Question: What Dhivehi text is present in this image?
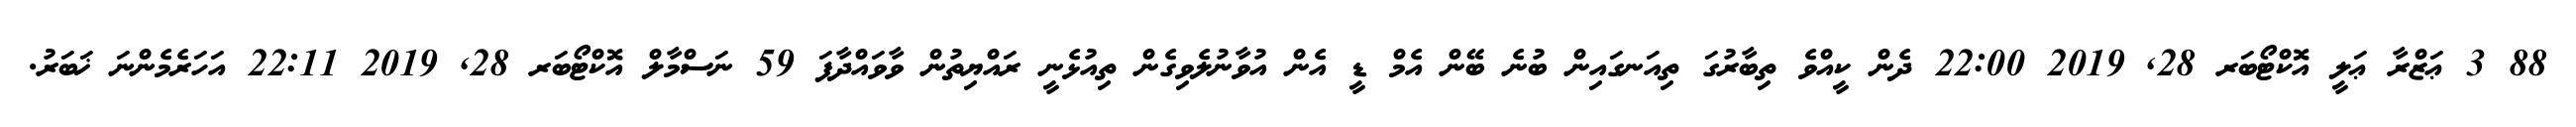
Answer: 88 3 ޢަޒްރާ ޢަލީ އޮކްޓޯބަރ 28, 2019 22:00 ދެން ކީއްވެ ތިބާރުގަ ތިއަނގައިން ބުނެ ބޭން އެމް ޑީ އެން އުވާނުލެވިގެން ތިއުޅެނީ ރައްޔިތުން ވާވައްދާފަ 59 ނަސްމާލް އޮކްޓޯބަރ 28, 2019 22:11 އަހަރެމެންނަ ޚަބަރު.